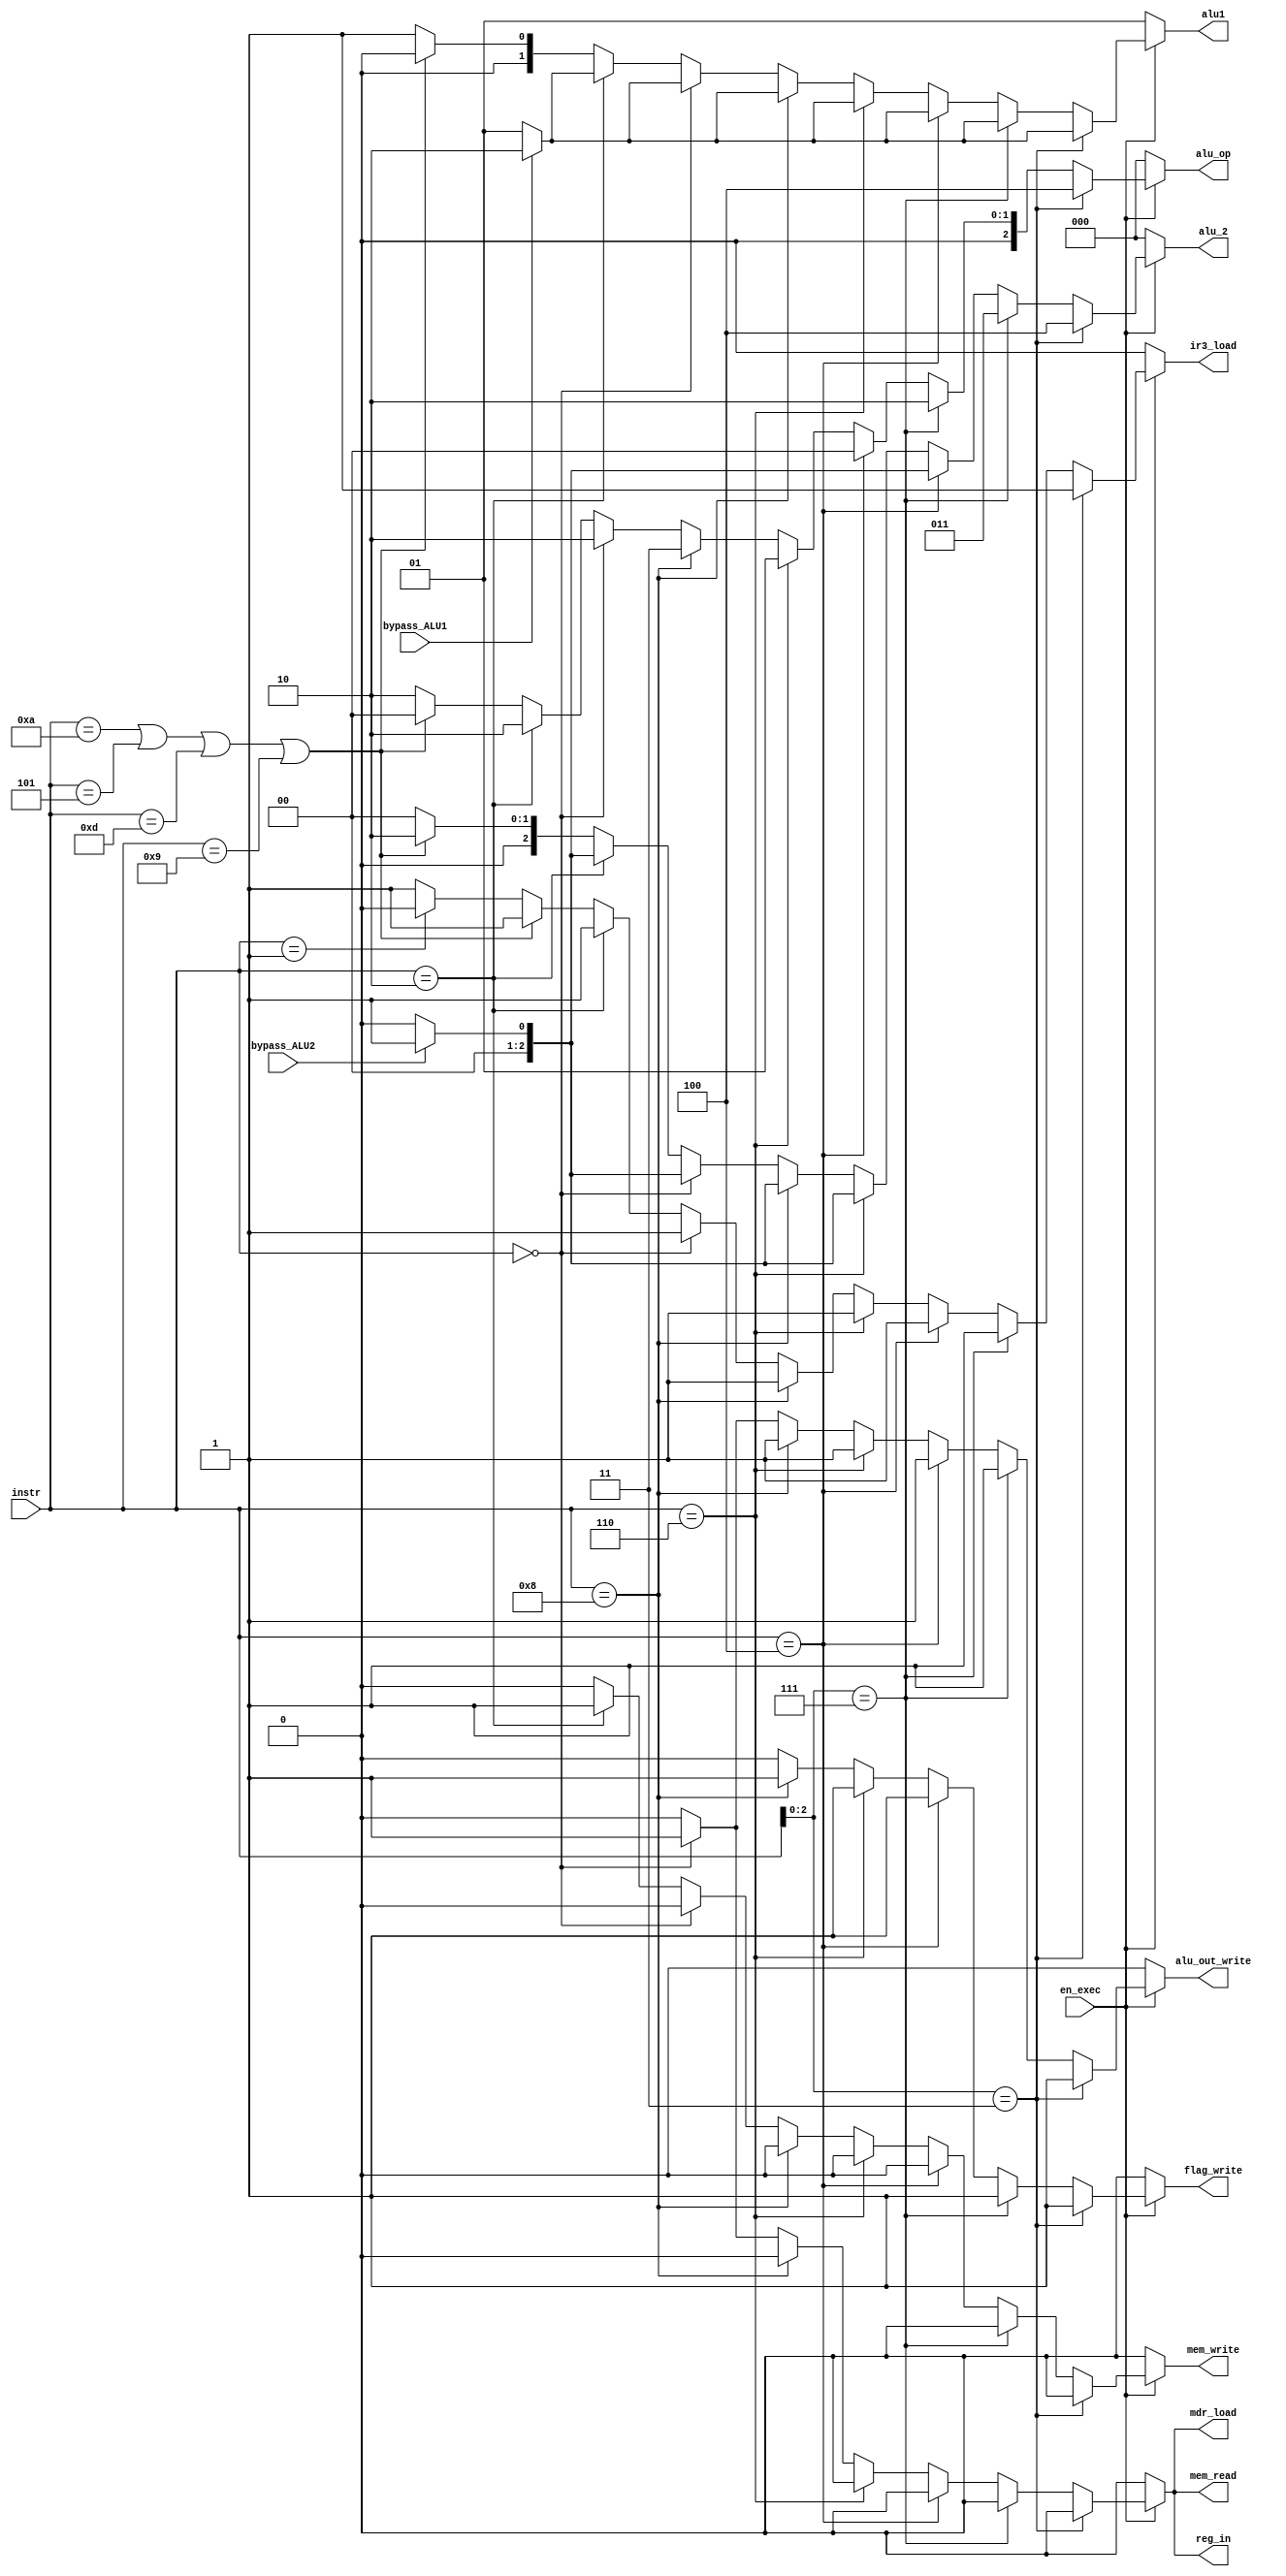
/******************************************************************************
 * Purpose: Implements the control of the multicycle processor. See project
 *    documentation for details.
 *****************************************************************************/
 
 module control_exec (
     input [3:0] instr,
     input en_exec, bypass_ALU1, bypass_ALU2,
     output reg ir3_load, mem_read, mem_write, mdr_load,
     output reg flag_write, alu_out_write,
     output reg [1:0] alu1,
     output reg [2:0] alu_2, alu_op,
     output reg reg_in);
     
  /* Define constants for the different possible opcodes. */
  parameter [2:0] i_shift = 3, i_ori = 7;
  parameter [3:0] i_add = 4, i_subtract = 6, i_nand = 8, i_load = 0,
	  i_store = 2, i_nop = 10, i_stop = 1, i_bpz = 13, i_bz = 5, i_bnz = 9;
    
  /* Define constants for different ALU operation modes. */
  parameter [2:0] aluop_add = 3'b000, aluop_sub = 3'b001, aluop_or = 3'b010,
      aluop_nand = 3'b011, aluop_shift = 3'b100;

  /* Define constants for the ALU1 mux inputs. */
  parameter [1:0] ALU1_PC3 = 2'b00, ALU1_R1 = 2'b01, ALU1_ALUOUT = 2'b10;

  /* Define constants for the ALU2 mux inputs. */
  parameter [2:0] ALU2_R2 = 3'b000, ALU2_ALUOUT = 3'b001, ALU2_IMM4 = 3'b010,
      ALU2_IMM5 = 3'b011, ALU2_IMM3 = 3'b100;
  
  always @(*) begin
    if(~en_exec) begin
      mem_read = 0;
      mem_write = 0;
      mdr_load = 0;
      alu_2 = ALU2_R2;
      alu_op = aluop_add;
      alu_out_write = 0;
      ir3_load = 0;
      flag_write = 0;
      alu1 = ALU1_R1;
      reg_in = 0;
    end
    else if(instr[2:0] == i_shift) begin
      mem_read = 0;
      mem_write = 0;
      mdr_load = 0;
      alu_2 = ALU2_IMM3;
      alu_op = aluop_shift;
      alu_out_write = 1;
      ir3_load = 1;
      flag_write = 1;
      if (bypass_ALU1) alu1 = ALU1_ALUOUT; else alu1 = ALU1_R1;
      reg_in = 0;
    end
    else if(instr[2:0] == i_ori) begin
      mem_read = 0;
      mem_write = 0;
      mdr_load = 0;
      alu_2 = ALU2_IMM5;
      alu_op = aluop_or;
      alu_out_write = 1;
      ir3_load = 1;
      flag_write = 1;
      if (bypass_ALU1) alu1 = ALU1_ALUOUT; else alu1 = ALU1_R1;
      reg_in = 0;
    end
    else if(instr == i_add) begin
      mem_read = 0;
      mem_write = 0;
      mdr_load = 0;
      if (bypass_ALU2) alu_2 = ALU2_ALUOUT; else alu_2 = ALU2_R2;
      alu_op = aluop_add;
      alu_out_write = 1;
      ir3_load = 1;
      flag_write = 1;
      if (bypass_ALU1) alu1 = ALU1_ALUOUT; else alu1 = ALU1_R1;
      reg_in = 0;
    end
    else if(instr == i_subtract) begin
      mem_read = 0;
      mem_write = 0;
      mdr_load = 0;
      if (bypass_ALU2) alu_2 = ALU2_ALUOUT; else alu_2 = ALU2_R2;
      alu_op = aluop_sub;
      alu_out_write = 1;
      ir3_load = 1;
      flag_write = 1;
      if (bypass_ALU1) alu1 = ALU1_ALUOUT; else alu1 = ALU1_R1;
      reg_in = 0;
    end
    else if(instr == i_nand) begin
      mem_read = 0;
      mem_write = 0;
      mdr_load = 0;
      if (bypass_ALU2) alu_2 = ALU2_ALUOUT; else alu_2 = ALU2_R2;
      alu_op = aluop_nand;
      alu_out_write = 1;
      ir3_load = 1;
      flag_write = 1;
      if (bypass_ALU1) alu1 = ALU1_ALUOUT; else alu1 = ALU1_R1;
      reg_in = 0;
    end
    else if(instr == i_load) begin
      mem_read = 1;
      mem_write = 0;
      mdr_load = 1;
      if (bypass_ALU2) alu_2 = ALU2_ALUOUT; else alu_2 = ALU2_R2;
      alu_op = aluop_or;
      alu_out_write = 1;
      ir3_load = 1;
      flag_write = 0;
      if (bypass_ALU1) alu1 = ALU1_ALUOUT; else alu1 = ALU1_R1;
      reg_in = 1;
    end
    else if(instr == i_store) begin
      mem_read = 0;
      mem_write = 1;
      mdr_load = 0;
      if (bypass_ALU2) alu_2 = ALU2_ALUOUT; else alu_2 = ALU2_R2;
      alu_op = aluop_or;
      alu_out_write = 0;
      ir3_load = 1;
      flag_write = 0;
      if (bypass_ALU1) alu1 = ALU1_ALUOUT; else alu1 = ALU1_R1;
      reg_in = 0;
    end
    else if(instr == i_nop | instr == i_bz | instr == i_bpz | instr == i_bnz) begin
      mem_read = 0;
      mem_write = 0;
      mdr_load = 0;
      alu_2 = ALU2_IMM4;
      alu_op = aluop_add;
      alu_out_write = 0;
      ir3_load = 1;
      flag_write = 0;
      alu1 = ALU1_PC3; // Use PC3out to calculate branch target.
      reg_in = 0;
    end
    else if(instr == i_stop) begin
      mem_read = 0;
      mem_write = 0;
      mdr_load = 0;
      alu_2 = ALU2_R2;
      alu_op = aluop_or;
      alu_out_write = 0;
      ir3_load = 0;
      flag_write = 0;
      alu1 = ALU1_R1;
      reg_in = 0;
    end
    else begin
      mem_read = 0;
      mem_write = 0;
      mdr_load = 0;
      alu_2 = ALU2_R2;
      alu_op = aluop_or;
      alu_out_write = 0;
      ir3_load = 1;
      flag_write = 0;
      alu1 = ALU1_R1;
      reg_in = 0;
    end
  end
endmodule